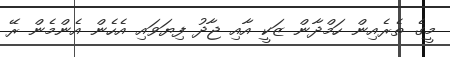
މީގެ ތެރެއިން ހަމްދާން ޒަކީ އާއި ޖާދު ފިޔަވައި އެހެން އެންމެން ރޭ